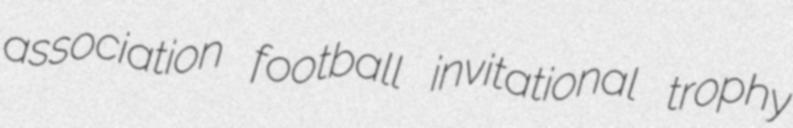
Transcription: association football invitational trophy